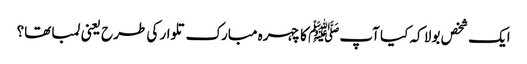
ایک شخص بولا کہ کیا آپﷺ کا چہرہ مبارک تلوار کی طرح یعنی لمبا تھا؟